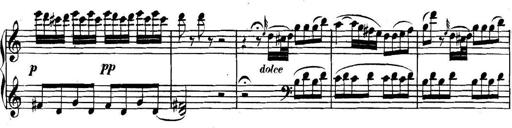
Title: Collected Piano Sonatas
Composer: Muzio Clementi